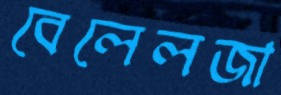
বেলেলজা